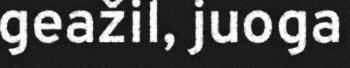
geažil, juoga